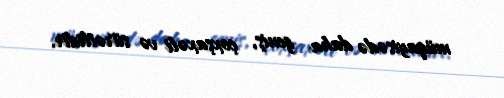
müqayisədə daha geniş, çoxşaxəli və sürətlidir.